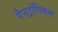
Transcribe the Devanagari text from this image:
पैनट्रॉपिकल